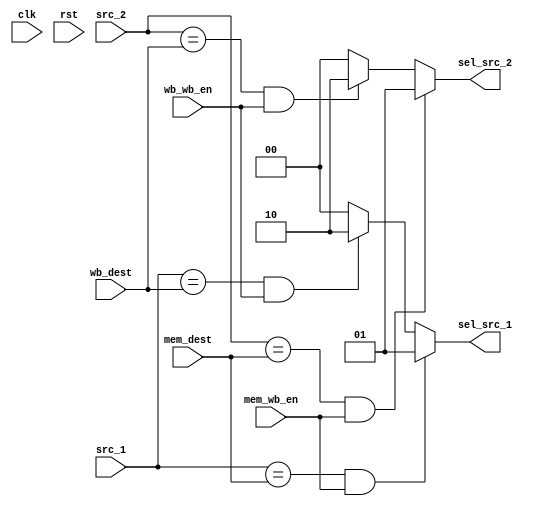
module Forwarding_Unit (input clk, rst, input [3:0]src_1, src_2, input mem_wb_en, input [3:0]mem_dest,
    input wb_wb_en, input [3:0]wb_dest, output reg [1:0]sel_src_1, sel_src_2);

  always @ (src_1, src_2, mem_dest, mem_wb_en, wb_dest, wb_wb_en) begin
    if ((src_1 == mem_dest) && (mem_wb_en)) sel_src_1 = 2'b01;
    else if ((src_1 == wb_dest) && (wb_wb_en)) sel_src_1 = 2'b10;
    else sel_src_1 = 2'b00;

    if ((src_2 == mem_dest) && (mem_wb_en)) sel_src_2 = 2'b01;
    else if ((src_2 == wb_dest) && (wb_wb_en)) sel_src_2 = 2'b10;
    else sel_src_2 = 2'b00;
  end
  
endmodule